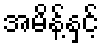
အမိန့်နှင့်